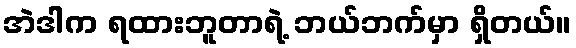
အဲဒါက ရထားဘူတာရဲ့ ဘယ်ဘက်မှာ ရှိတယ်။